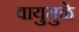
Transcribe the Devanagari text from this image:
वायुमुळे